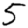
Digit: 5